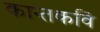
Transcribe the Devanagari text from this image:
कान्तकवि